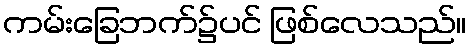
ကမ်းခြေဘက်၌ပင် ဖြစ်လေသည်။